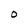
Character: O